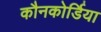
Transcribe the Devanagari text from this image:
कौनकोर्डिया